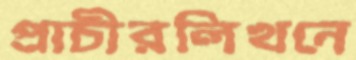
প্রাচীরলিখনে